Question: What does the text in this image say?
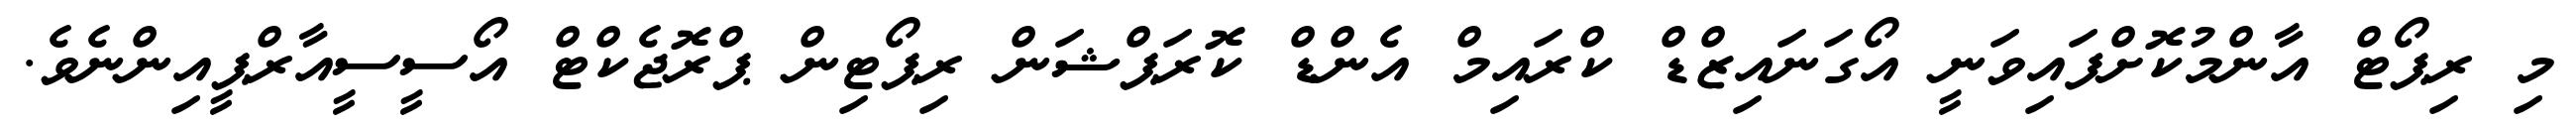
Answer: މި ރިޕޯޓް އާންމުކޮށްފައިވަނީ އޯގަނައިޒްޑް ކްރައިމް އެންޑް ކޮރަޕްޝަން ރިޕޯޓިން ޕްރޮޖެކްޓް އޯސީސީއާރްޕީއިންނެވެ.